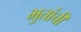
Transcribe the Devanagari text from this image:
भुतांची